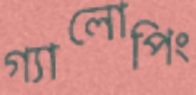
গ্যালোপিং